Annual report on the lock hospitals of the Madras Presidency
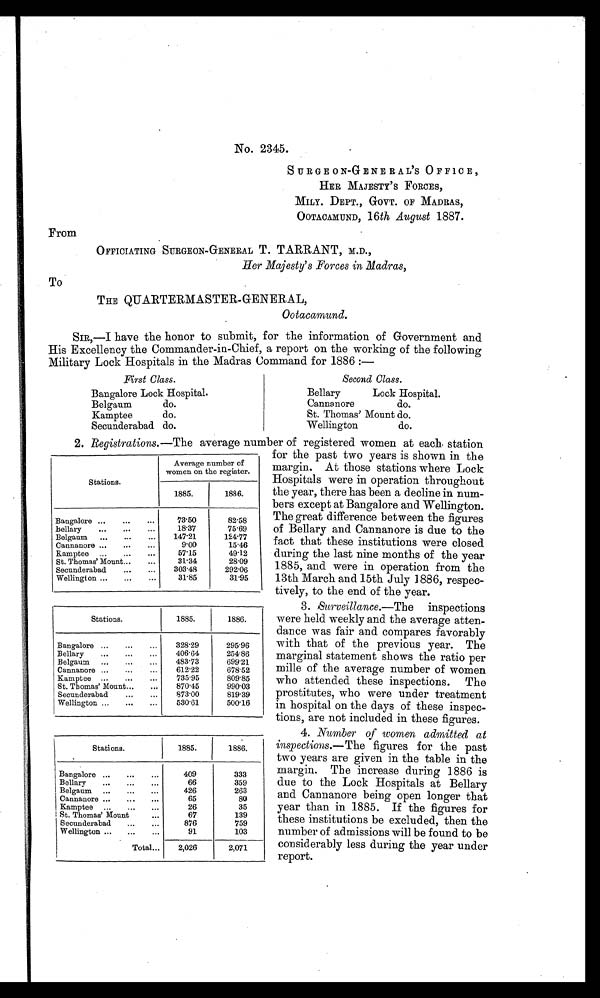
Stations.
Average number of
women on the register.
1885.
1886.
Bangalore ...
...
...
73 50
82 58
Bellary
...
...
...
18 37
75 69
Belgaum ...
...
...
147 21
124 77
Cannanore ...
...
...
9 00
15 46
Kamptee ...
...
...
57 15
49 12
St. Thomas' Mount... . . .
31 34
28 09
Secunderabad
...
...
303 48
292 06
Wellington ...
...
...
31 85
31 95
Stations.
1885.
1886.
Bangalore ...
...
...
328 29
295 96
Bellary
...
...
...
406 64
254 86
Belgaum ...
...
483 73
699 21
Cannanore ...
...
...
612 22
678 52
Kamptee ...
...
...
735 95
809 85
St. Thomas' Mount...
...
870 45
990 03
Secunderabad
...
...
873 00
819 39
Wellington ...
...
...
530 61
500 16
Stations.
1
1885.
1886.
Bangalore ...
...
...
409
333
Bellary
...
...
...
66
359
Belgaum ...
...
...
426
263
Cannanore ...
...
...
65
80
Kamptee ..,
...
...
26
35
St. Thomas' Mount
...
67
139
Secunderabad
...
...
876
759
Wellington ...
...
...
91
103
Total...
2,026
2,071
No. 2345.
SURGEON-GENERAL' S OFFICE,
HER MAJESTY ' S FORCES,
MILY. DEPT., GOVT. OF MADRAS,
O O T A C A M U N D ,
1 6 t h A u g u s t
1 8 8 7 .
•
From
OFFICIATING SURGEON-GENERAL T. TARRANT, M.D.,
To
THE QUARTERMASTER-GENERAL,
SIR,—I have the honor to submit, for the information of Government and
His Excellency the Commander-in-Chief, a report on the working of the following
Lock Hospitals
in the Madras Command for 1886:—
First Class.
Second Class.
Bangalore Lock Hospital.
Bellary
Lock Hospital.
Cannanore
do.
Belgaum
do.
St. Thomas' Mount do.
Kamptee
do.
Secunderabad do.
Wellington
do.
2. Reaistrations.—The average number of registered women at each. station
for the past two years is shown in the
margin. At those stations where Lock
Hospitals were in operation throughout
the year, there has been a decline in num-
bers except at Bangalore and Wellington.
The great difference between the figures
of Bellary and Cannanore is due to the
fact that these institutions were closed
during the last nine months of the year
1885, and were in operation from the
13th March and 15th July l886, respec-
tively, to the end of the year.
3. Surveillance.—The inspections
were held weekly and the average atten-
dance was fair and compares favorably
with that of the previous year. The
marginal statement shows the ratio per
mile of the average number of women
who attended these inspections. The
prostitutes, who were under treatment
in hospital on the days of these inspec-
tions, are not included in these figures.
4. Number of women admitted at
inspections.—The figures for the past
two years are given in the table in the
margin. The increase during 1886 is
due to the Lock Hospitals at Bellary
and Cannanore being open longer that
year than in 1885. If the figures for
these institutions be excluded, then the
number of admissions will be found to be
considerably less during the year under
report.